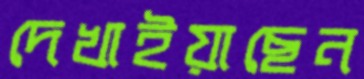
দেখাইয়াছেন